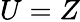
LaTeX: U=Z